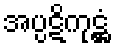
အပ္ပဋိကုဋ္ဌံ